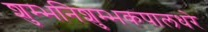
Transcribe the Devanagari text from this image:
शुम्भनिशुम्भकपालधरे